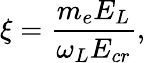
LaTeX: \xi=\frac{m_{e}E_{L}}{\omega_{L}E_{cr}},